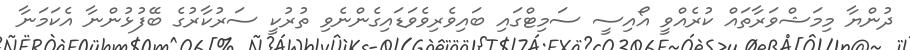
ދުންޔާ މިމަޝްވަރާތައް ކުރެއްވީ އޯއިސީ ސަމިޓްގައި ބައިވެރިވެވަޑައިގެންނެވި ތުރުކީ ސަރުކާރުގެ ބޭފުޅުންނާ އެކަމަނާ